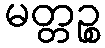
မတ္တဉ္စ